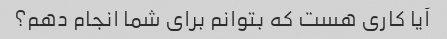
آیا کاری هست که بتوانم برای شما انجام دهم؟